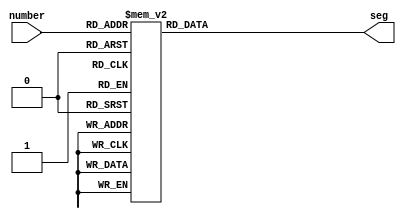
module single_7seg(number,seg);
    input [3:0] number;
    output [6:0] seg;

    reg [6:0] seg;

    always @(number)
        case (number)
            4'b0000:seg=8'b11000000; //0
            4'b0001:seg=8'b11111001; //1
            4'b0010:seg=8'b10100100; //2
            4'b0011:seg=8'b10110000; //3
            4'b0100:seg=8'b10011001; //4
            4'b0101:seg=8'b10010010; //5
            4'b0110:seg=8'b10000010; //6
            4'b0111:seg=8'b11011000; //7
            4'b1000:seg=8'b10000000; //8
            4'b1001:seg=8'b10010000; //9
            4'b1010:seg=8'b10001000; //A
            4'b1011:seg=8'b10000011; //b
            4'b1100:seg=8'b11000110; //C
            4'b1101:seg=8'b10100001; //d
            4'b1110:seg=8'b10000110; //E
            4'b1111:seg=8'b10001110; //F
            default:seg=8'b00000000;
        endcase
endmodule //

module four_7seg(data,seg,select,clk);
    input clk;
    input [15:0] data;
    output [6:0] seg;
    output [3:0] select;

    wire [3:0] num0,num1,num2,num3;
    wire [6:0] seg0,seg1,seg2,seg3;
    reg [6:0] seg;
    reg [3:0] select;
    integer idx;

    initial idx<=0;

    assign num0=data[15:12];
    assign num1=data[11:8];
    assign num2=data[7:4];
    assign num3=data[3:0];

    single_7seg dig0(.number(num0),.seg(seg0));
    single_7seg dig1(.number(num1),.seg(seg1));
    single_7seg dig2(.number(num2),.seg(seg2));
    single_7seg dig3(.number(num3),.seg(seg3));

    always @(posedge clk)
    begin
        idx=idx+1;
        if (idx==4) idx=0;

        case (idx)
        0:
        begin
            seg<=seg0;
            select<=4'b0111;
        end
        1:
        begin
            seg<=seg1;
            select<=4'b1011;
        end
        2:
        begin
            seg<=seg2;
            select<=4'b1101;
        end
        3:
        begin
            seg<=seg3;
            select<=4'b1110;
        end
        endcase
    end

endmodule //

module clk_div #(parameter width=1) (clk_in,clk_out);
    input clk_in;
    output clk_out;

    reg clk_out=0;

    integer idx=0;

    always @(posedge clk_in)
    begin
        if (idx>=width)
        begin
            idx<=0;
            clk_out<=~clk_out;
        end
        else idx<=idx+1;
    end

endmodule // 

module display_module(seg,select,clk_base,type,PC,NPC,rs_a,rs_d,rt_a,rt_d,alu_out,db);
    input [1:0]type;
    input clk_base;
    input [31:0] PC,NPC,rs_d,rt_d,alu_out,db;
    input [4:0] rs_a,rt_a;
    output [6:0] seg;
    output [3:0] select;

    reg [6:0] seg;
    reg [3:0] select;

    wire [15:0] pc,rs,rt,alu;
    wire clk;
    assign pc={PC[7:0],NPC[7:0]};
    assign rs={3'b000,rs_a,rs_d[7:0]};
    assign rt={3'b000,rt_a,rt_d[7:0]};
    assign alu={alu_out[7:0],db[7:0]};

    wire [6:0] seg00,seg01,seg10,seg11;
    wire [3:0] select00,select01,select10,select11;

    clk_div #(40000) div(.clk_in(clk_base),.clk_out(clk));
    four_7seg display00(.data(pc),.seg(seg00),.select(select00),.clk(clk));
    four_7seg display01(.data(rs),.seg(seg01),.select(select01),.clk(clk));
    four_7seg display10(.data(rt),.seg(seg10),.select(select10),.clk(clk));
    four_7seg display11(.data(alu),.seg(seg11),.select(select11),.clk(clk));

    always @(type)
        case (type)
            2'b00:
            begin
                seg<=seg00;
                select<=select00;
            end
            2'b01:
            begin
                seg<=seg01;
                select<=select01;
            end
            2'b10:
            begin
                seg<=seg10;
                select<=select10;
            end
            2'b11:
            begin
                seg<=seg11;
                select<=select11;
            end
        endcase

endmodule //

//4W